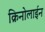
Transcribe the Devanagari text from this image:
क्रिनोलाईन